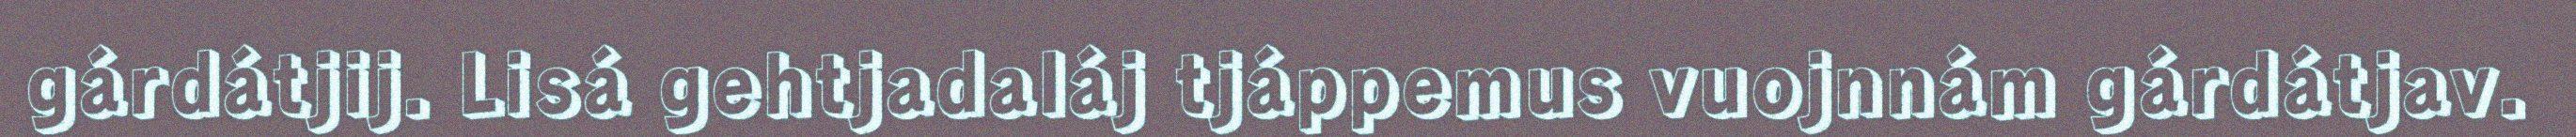
gárdátjij. Lisá gehtjadaláj tjáppemus vuojnnám gárdátjav.